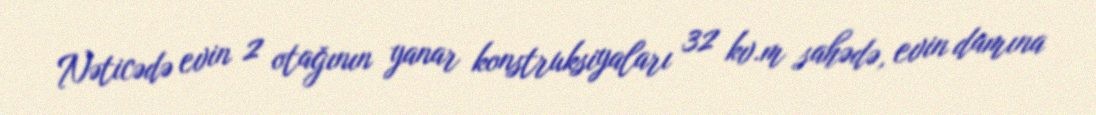
Nəticədə evin 2 otağının yanar konstruksiyaları 32 kv.m sahədə, evin damına